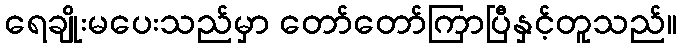
ရေချိုးမပေးသည်မှာ တော်တော်ကြာပြီနှင့်တူသည်။